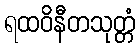
ရထဝိနီတသုတ္တံ